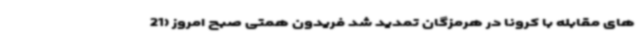
های مقابله با کرونا در هرمزگان تمدید شد فریدون همتی صبح امروز (21